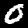
Digit: 0